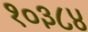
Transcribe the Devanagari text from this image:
१०३८४